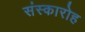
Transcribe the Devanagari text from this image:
संस्कारोह